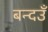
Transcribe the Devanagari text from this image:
बन्दउँ